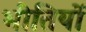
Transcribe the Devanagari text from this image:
भीतियों